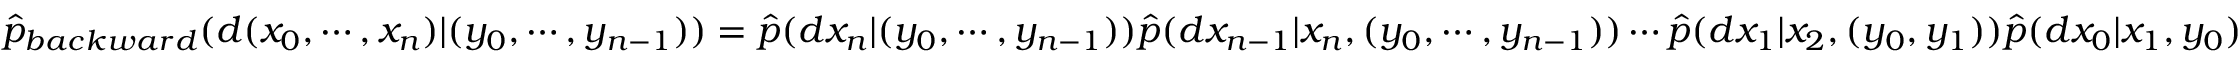
{ \begin{array} { r } { { \widehat { p } } _ { b a c k w a r d } ( d ( x _ { 0 } , \cdots , x _ { n } ) | ( y _ { 0 } , \cdots , y _ { n - 1 } ) ) = { \widehat { p } } ( d x _ { n } | ( y _ { 0 } , \cdots , y _ { n - 1 } ) ) { \widehat { p } } ( d x _ { n - 1 } | x _ { n } , ( y _ { 0 } , \cdots , y _ { n - 1 } ) ) \cdots { \widehat { p } } ( d x _ { 1 } | x _ { 2 } , ( y _ { 0 } , y _ { 1 } ) ) { \widehat { p } } ( d x _ { 0 } | x _ { 1 } , y _ { 0 } ) } \end{array} }